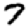
Digit: 7